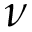
\nu